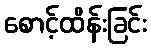
စောင့်ထိန်းခြင်း